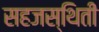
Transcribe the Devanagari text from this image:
सहजस्थिती